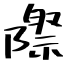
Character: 際